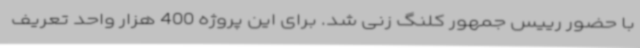
با حضور رییس جمهور کلنگ زنی شد. برای این پروژه 400 هزار واحد تعریف